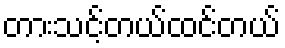
တားသင့်တယ်ထင်တယ်